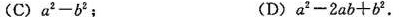
(C) $$ a ^ {2}-b ^ {2} $$ ;(D) $$ a ^ {2}-2ab+b ^ {2} $$ .